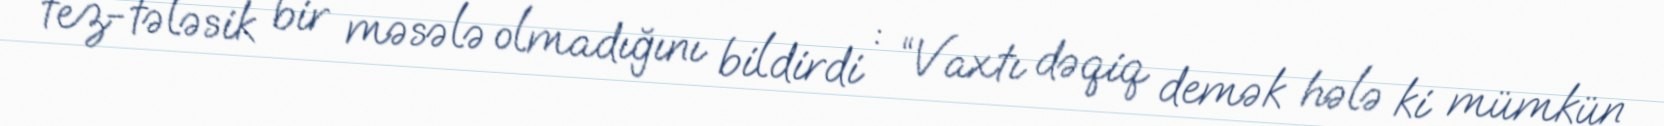
tez-tələsik bir məsələ olmadığını bildirdi : “Vaxtı dəqiq demək hələ ki mümkün